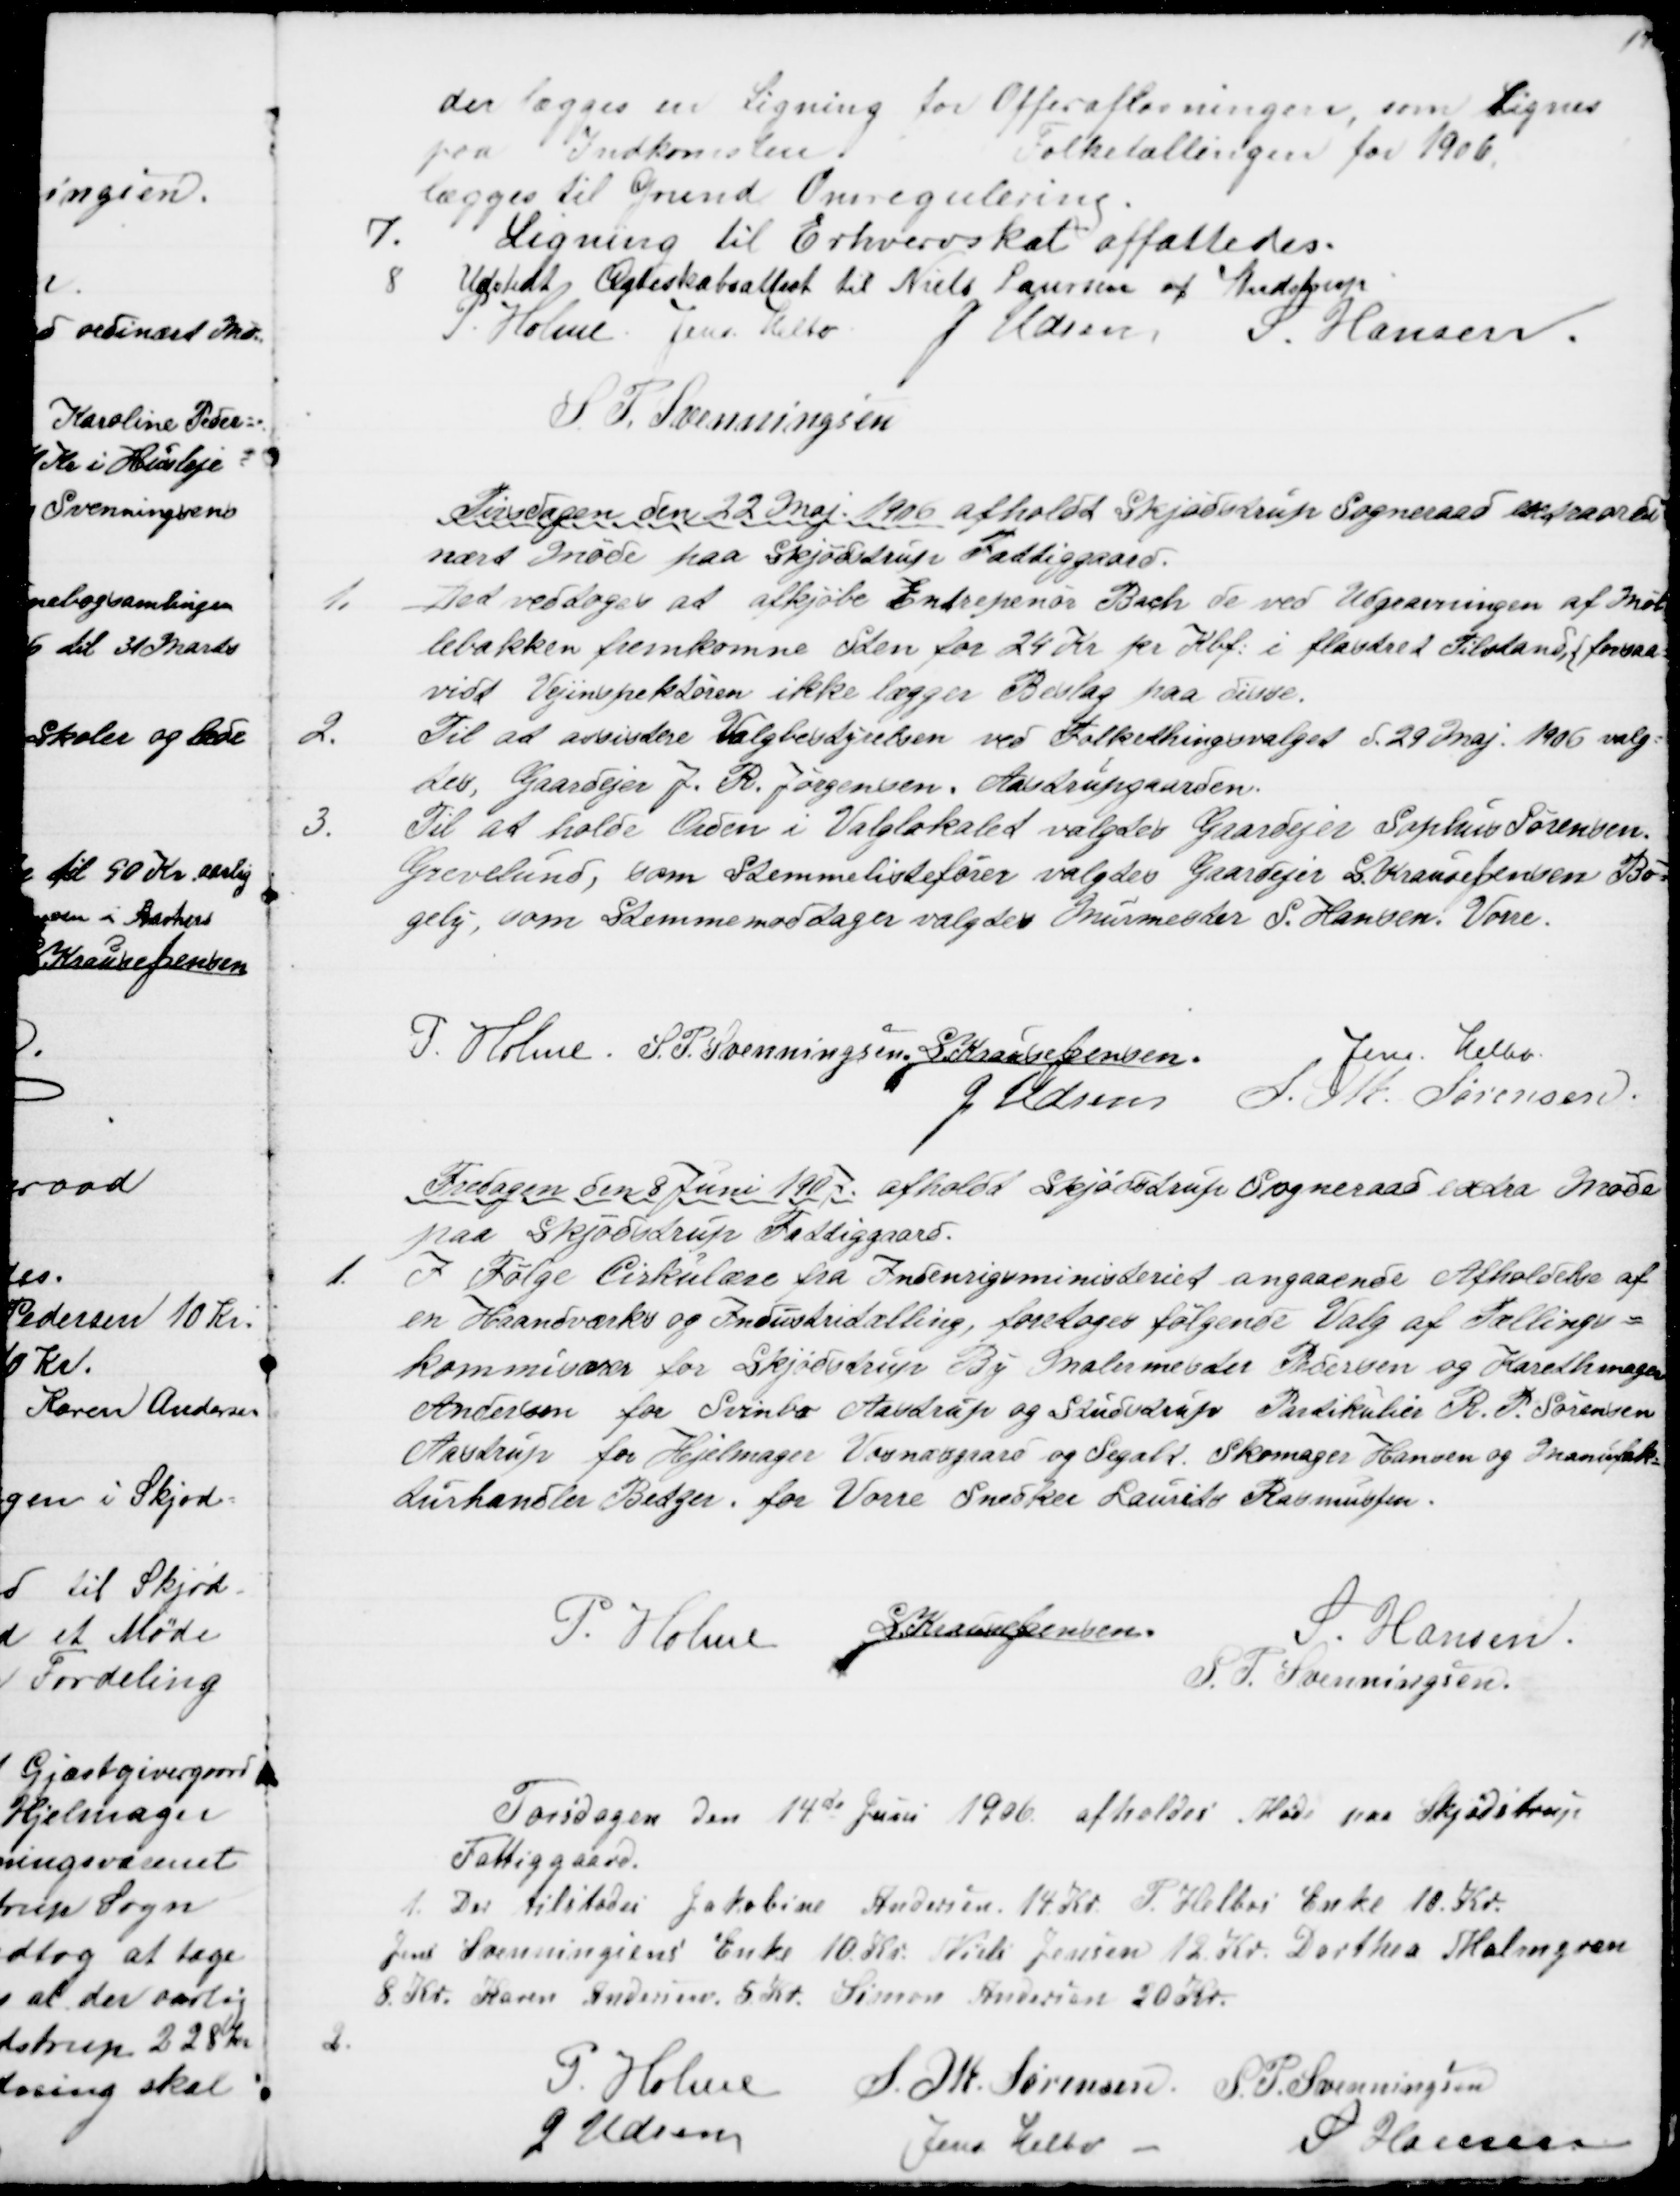
Transskription:
der lægges en Ligning for Offerafløsningen, som lignes
paa Indkomsten
Folketællingen for 1906.
lægges til Grund Omregulering.
7.
Ligning til Erhvervskat affattedes.
8
Udstedt Ægteskabsattest til Niels Laursen af Studstrup
P. Holme. Jens Helbo
J. Udsen
S Hansen
S. P. Svenningsen
Tirsdagen den 22 Maj 1906 afholdt Skjødstrup Sogneraad extraordi
nært Møde paa Skjødstrup Fattiggaard.
1.
Det vedtoges at afkjøbe Entrepenør Bach de ved Udgravningen af Møl
lebakken fremkomne Sten for 24 Kr pr Kbf. i flastret Tilstand, {forsaa=
vidt Vejinspektøren ikke lægger Beslag paa disse.
2. 
Til at assistere Valgbestyrelsen ved Folkethingsvalget d. 29 Maj 1906 valg=
tes, Gaardejer J. R. Jørgensen, Aastrupgaarden.
3.
Til at holde Orden i Valglokalet valgtes Gaardejer Sophus Sørensen.
Grevelund, som Stemmelistefører valgtes Gaardejer S. Krause Jensen Bø=
gely, som Stemmemodtager valgtes Murmester S. Hansen. Vorre.
P. Holme. S. P. Svenningsen, S. Krause Jensen.
Jens Helbo.
J. Udsen
S. M. Sørensen.
Fredagen den 8 Juni 1907 afholdt Skjødstrup Sogneraad extra Møde
paa Skjødstrup Fattiggaard.
1.
I Følge Cirkulære fra Indenrigsministeriet angaaende Afholdelse af
en Haandværks og Industritælling, foretoges følgende Valg af Tællings=
kommisærer for Skjødstrup By Malermester Pedersen og Karetmager
Andersen for Svinbo Aastrup og Studstrup Partikulier R. P. Sørensen
Aastrup for Hjelmager Vosnæsgaard og Segalt. Skomager Hansen og Manufak=
turhandler Betzer. for Vorre Snedker Laurits Rasmussen.
P. Holme
S Krause Jensen.
S Hansen.
S. P. Svenningsen.
Torsdagen den 14de Juni 1906 afholdes Møde paa Skjødstrup
Fattiggaard.
1. Der tilstodes Jakobine Andersen 14 Kr. P. Helbos Enke 10 Kr.
Jens Svenningsens Enke 10 Kr. Niels Jensen 12 Kr. Dorthea Malmgren
8 Kr. Karen Andersen 5 Kr. Simon Andersen 20 Kr.
P. Holme
S. M. Sørensen S. P. Svenningsen
J. Udsen
Jens Helbo
S Hansen